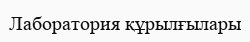
Лаборатория құрылғылары